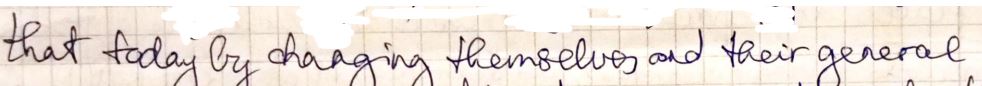
that today by changing themselves and their general